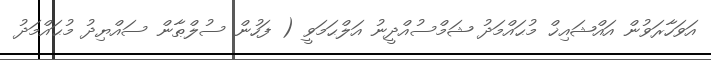
އަވަހާރަވުން އައްޝައިޚް މުޙައްމަދު ޝަމްސުއްދީނު އަލްޙަމަވީ ( ފަހުން ސުލްޠާން ސައްޔިދު މުޙައްމަދު